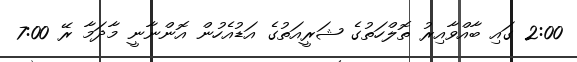
2:00 ގައި ބާއްވާއިރު ތޮލްހަތުގެ ޝަރީއަތުގެ އަޑުއެހުން އޮންނާނީ މާދަމާ ރޭ 7:00